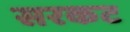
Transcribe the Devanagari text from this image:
सरकट